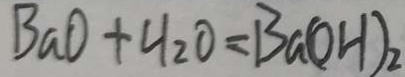
B a O + H _ { 2 } O = B a ( O H ) _ { 2 }